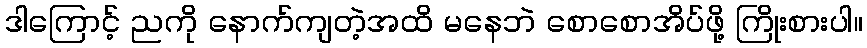
ဒါကြောင့် ညကို နောက်ကျတဲ့အထိ မနေဘဲ စောစောအိပ်ဖို့ ကြိုးစားပါ။